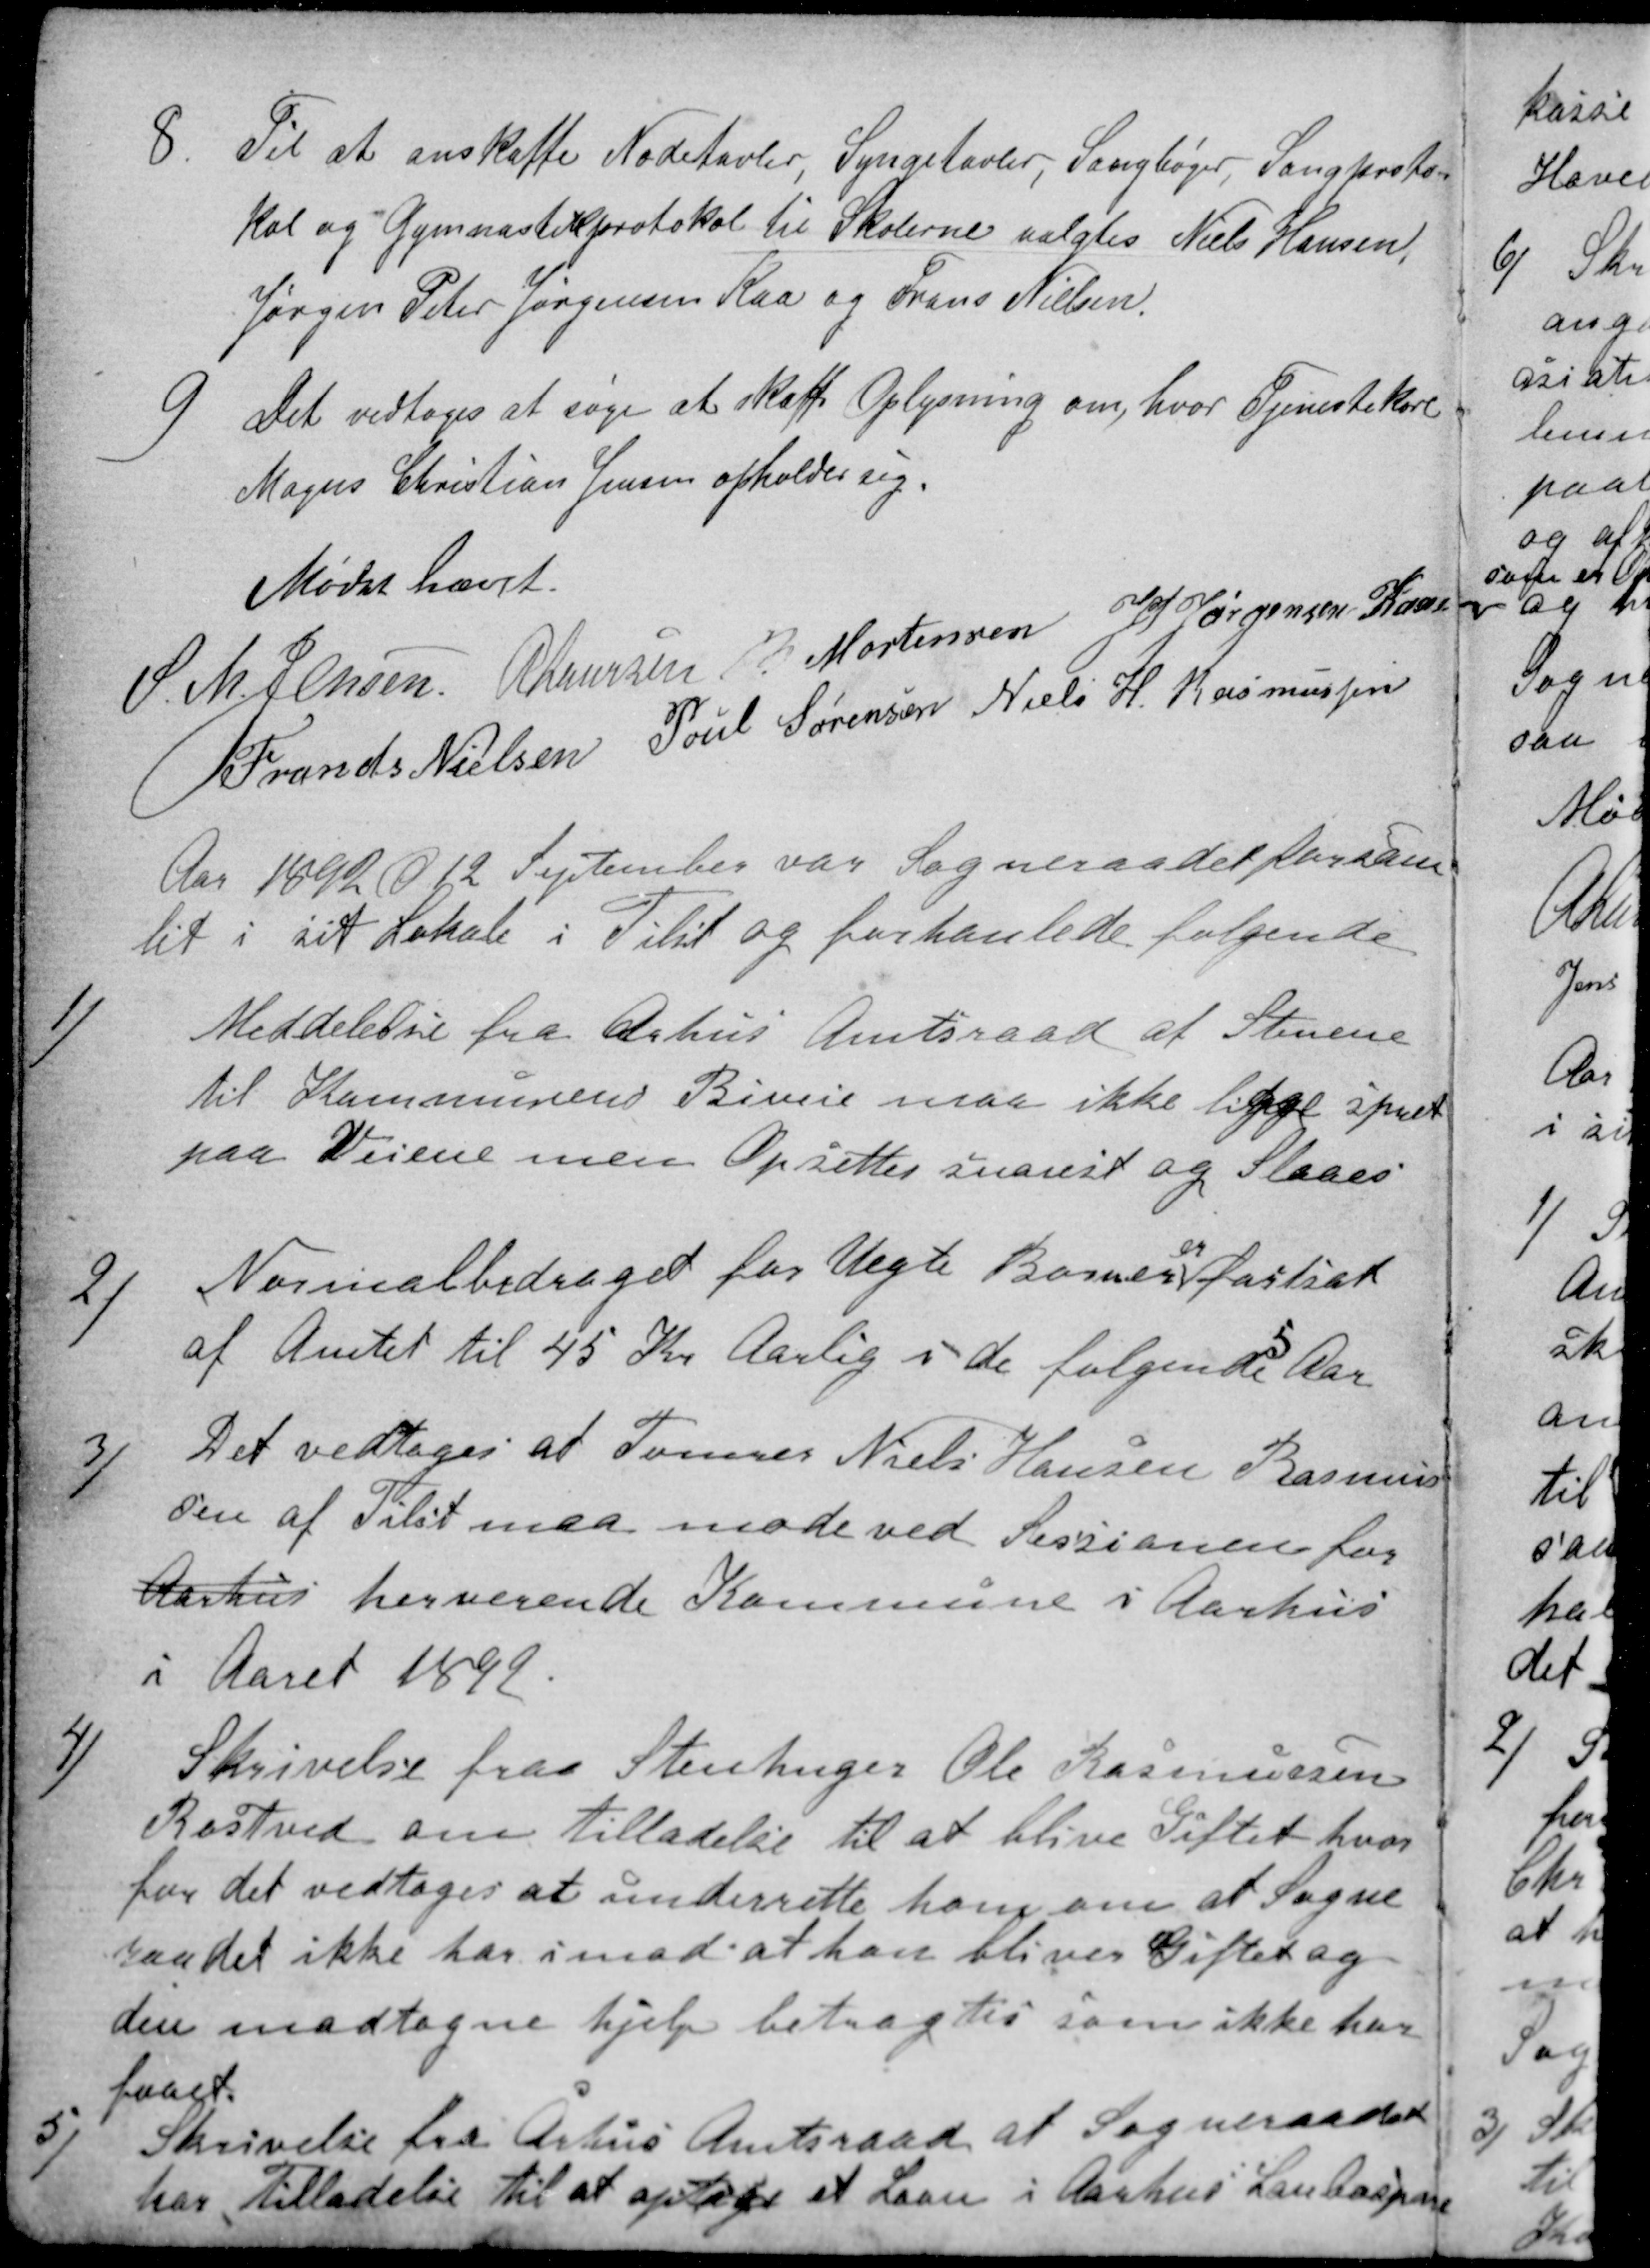
Transskription:
8.
Til at anskaffe Nodetavler, Syngetavler, Sangbøger, Sangproto-
kol og Gymnastikprotokol til Skolerne valgtes Niels Hansen,
Jørgen Peter Jørgensen Kaa og Frans Nielsen.
9
Det vedtoges at søge at skaffe Oplysning om, hvor Tjenestekarl
Mogens Christian Jensen opholder sig.
Mødet hævet.
S. M. Jensen
R Laursen
B. Mortensen
J PJørgensen Kaae
Frands Nielsen
Poul Sørensen
Niels H. Rasmussen
Aar 1892 d 12 September var Sogneraadet forsam
let i sit Lokale i Tilst og forhanlede følgende
1)
Meddelelse fra Arhus Amtsraad af Stenene
til Kommunens Biveie maa ikke ligge spredt
paa Veiene men Opsettes snarest og Slaaes
2)
Normalbidraget for Uegte Børn er fastsat
af Amtet til 45 Kr Aarlig i de følgende 5 aar
3)
Det vedtoges at Tømrer Niels Hansen Rasmus-
sen af Tilst maa møde ved Sessionen for
Aarhus herverende Kommune i Aarhus
i Aaret 1892.
4)
Skrivelse fra Stenhugger Ole Rasmussen
Rostved om Tilladelse til at blive Giftet hvor
for det vedtoges at underrette ham om at Sogne
raadet ikke har imod at han bliver Giftet og
den modtagne hjelp betragtes som ikke har
faaet.
5)
Skrivelse fra Århus Amtsraad at Sogneraadet
har tilladelse til at optage et Laan i Aarhus Lanbospare